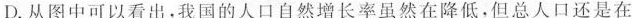
D.从图中可以看出，我国的人口自然增长率虽然在降低，但总人口还是在